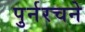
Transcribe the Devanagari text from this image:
पुर्नरचने